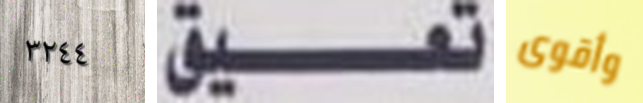
٣٢٤٤ تعيق وأقوى